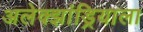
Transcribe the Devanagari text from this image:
अलेक्झांड्रियाला